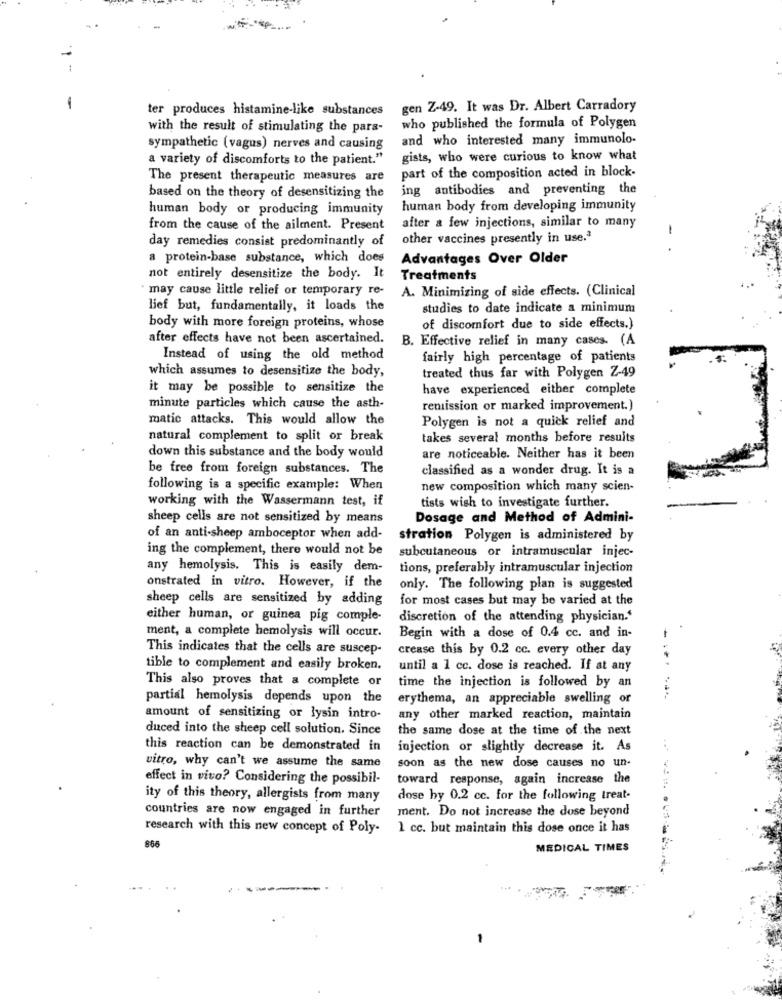
-
ter produces histamine-like substances
gen Z-49. It was Dr. Albert Carradory
with the result of stimulating the para-
who published the formula of Polygen
and who interested many immunolo-
sympathetic (vagus) nerves and causing
a variety of discomforts to the patient."
gists, who were curious to know what
part of the composition acted in block.
The present therapeutic measures are
ing antibodies and preventing the
based on the theory of desensitizing the
human body or producing immunity
human body from developing immunity
from the cause of the ailment. Present
after a few injections, similar to many
-
day remedies consist predominantly of
other vaccines presently in use.3
a protein-base substance, which does
Advantages Over Older
not entirely desensitize the body. It
Treatments
· may cause little relief or temporary re-
A. Minimizing of side effects. (Clinical
lief but, fundamentally, it loads the
studies to date indicate a minimum
body with more foreign proteins, whose
of discomfort due to side effects.)
after effects have not been ascertained.
B. Effective relief in many cases. (A
Instead of using the old method
fairly high percentage of patients
which assumes to desensitize the body,
treated thus far with Polygen Z-49
it may be possible to sensitize the
have experienced either complete
minute particles which cause the asth-
remission or marked improvement.)
matic attacks. This would allow the
Polygen is not a quick relief and
natural complement to split or break
takes several months before results
down this substance and the body would
are noticeable. Neither has it been
be free from foreign substances. The
classified as a wonder drug. It is a
following is a specific example: When
new composition which many scien-
working with the Wassermann test, if
tists wish to investigate further.
sheep cells are not sensitized by means
Dosage and Method of Admini-
of an anti-sheep amboceptor when add-
stration Polygen is administered by
ing the complement, there would not be
subcutaneous or intramuscular injec-
any hemolysis. This is easily dem-
tions, preferably intramuscular injection
onstrated in vitro. However, if the
only. The following plan is suggested
sheep cells are sensitized by adding
for most cases but may be varied at the
either human, or guinea pig comple-
discretion of the attending physician.'
ment, a complete hemolysis will occur.
Begin with a dose of 0.4 cc. and in-
This indicates that the cells are suscep-
crease this by 0.2 cc. every other day
tible to complement and easily broken.
until a 1 cc. dose is reached. If at any
This also proves that a complete or
time the injection is followed by an
partial hemolysis depends upon the
erythema, an appreciable swelling or
amount of sensitizing or lysin intro-
any other marked reaction, maintain
duced into the sheep cell solution. Since
the same dose at the time of the next
this reaction can be demonstrated in
injection or slightly decrease it. As
vitro, why can't we assume the same
soon as the new dose causes no un-
effect in vivo? Considering the possibil-
toward response, again increase the
ity of this theory, allergists from many
dose hy 0.2 cc. for the following treat-
countries are now engaged in further
ment. Do not increase the dose beyond
research with this new concept of Poly-
1 cc. but maintain this dose once it has
866
MEDICAL TIMES
-